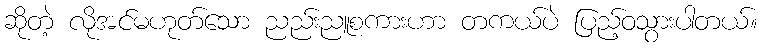
ဆိုတဲ့ လိုအင်မဟုတ်သော ညည်းညူစကားဟာ တကယ်ပဲ ပြည့်ဝသွားပါတယ်။